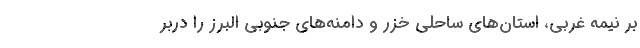
بر نیمه غربی، استان‌های ساحلی خزر و دامنه‌های جنوبی البرز را دربر